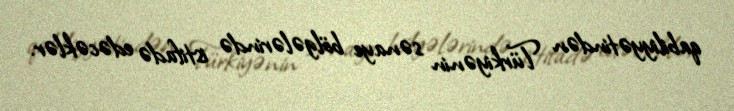
qabiliyyətindən Türkiyənin sənaye bölgələrində istifadə edəcəklər.